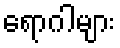
ရောဂါများ